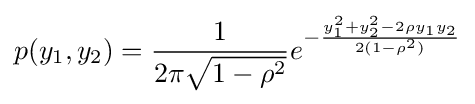
p(y_{1},y_{2})={\frac {1}{2\pi {\sqrt {1-\rho ^{2}}}}}e^{-{\frac {y_{1}^{2}+y_{2}^{2}-2\rho y_{1}y_{2}}{2(1-\rho ^{2})}}}